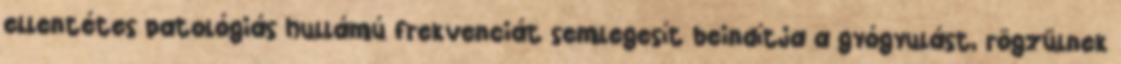
ellentétes patológiás hullámú frekvenciát semlegesít beindítja a gyógyulást, rögzülnek